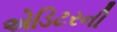
એડિટરની